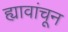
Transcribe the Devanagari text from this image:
ह्यावांचून